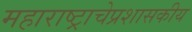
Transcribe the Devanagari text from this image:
महाराष्ट्राचेप्रशासकीय